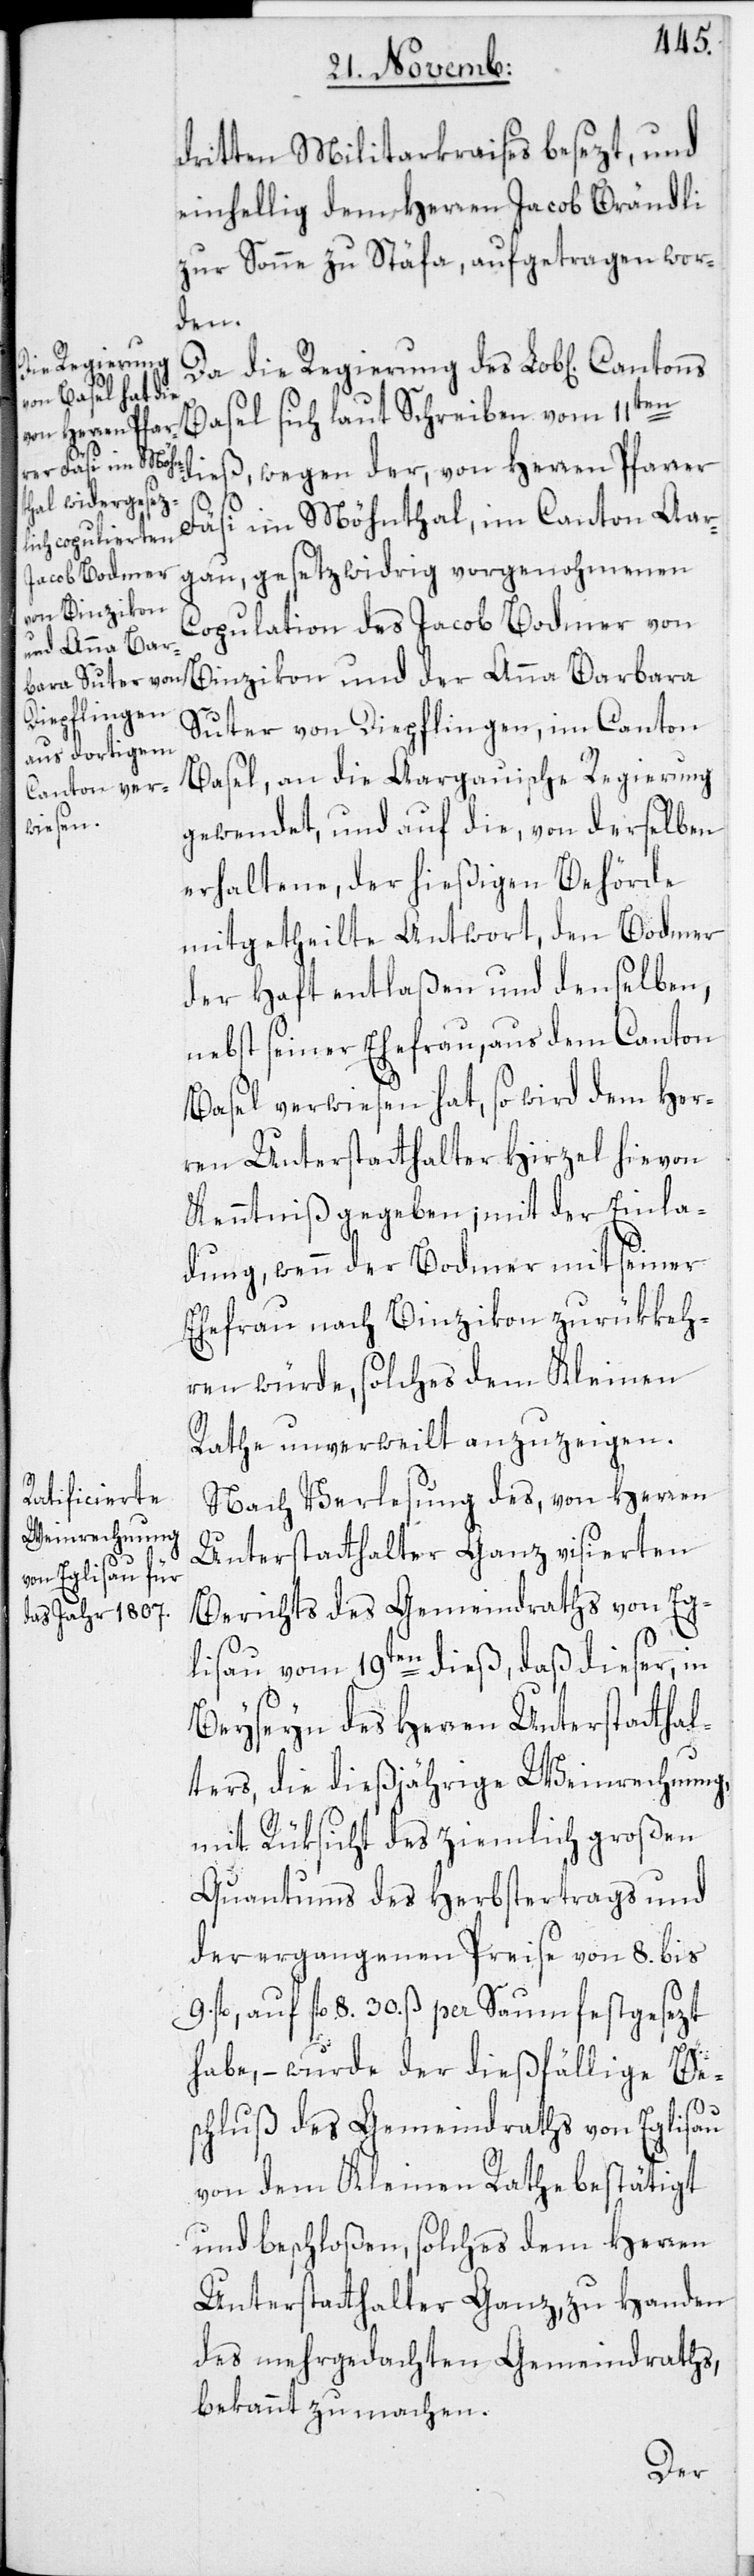
die Regierung

dritten Militarkraises besezt, und
einhellig dem Herren Jacob Brändli
zur Sonne zu Stäfa, aufgetragen wor¬
den.
Basel sich laut Schreiben vom 11ten
dieß, wegen der, von Herren Pfarrer
Fäsi im Möhnthal, im Canton Aar¬
gau, gesetzwidrig vorgenohmenen
Copulation des Jacob Bodmer von
Binzikon und der Anna Barbara
Suter von Diepflingen, im Canton
Basel, an die Aargauische Regierung
gewendet, und auf die, von derselben
erhaltene, der hießigen Behörde
mitgetheilte Antwort, den Bodmer
der Haft entlaßen und denselben,
nebst seiner Ehefrau, aus dem Canton
Basel verwiesen hat, so wird dem Her¬
ren Unterstatthalter Hirzel hievon
Kenntniß gegeben; mit der Einla¬
dung, wenn der Bodmer mit seiner
Ehefrau nach Binzikon zuükkeh¬
ren würde, solches dem Kleinen
Rathe unverweilt anzuzeigen.
Nach Verlesung des, von Herren
Unterstatthalter Ganz visierten
Berichts des Gemeindraths von Eg¬
lisau vom 19ten dieß, daß dieser, in
Beyseyn des Herren Unterstatthal¬
ters, die dießjährige Weinrechnung,
mit Rüksicht des ziemlich großen
Quantums des Herbstertrags und
der ergangenen Preise von 8. bis
fl., auf fl. 8. 30. ß per Saum festgesezt
habe, – wurde der dießfällige Be¬
schluß des Gemeindraths von Eglisau
von dem Kleinen Rathe bestätigt
und beschloßen, solches dem Herren
Unterstatthalter Ganz, zu Handen
des mehrgedachten Gemeindraths,
bekannt zu machen.